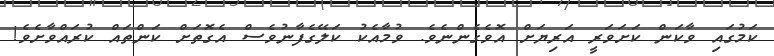
ކަމުގައި ވާކަން ކަށަވަރީ އަރިޔަށް އޮވެގެންނެވެ. ވުމާއެކު ކަލޭގެފާނުވެސް އެގޮތަށް ކަންތައް ކުރައްވާށެވެ!